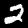
Digit: 2